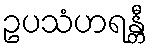
ဥပသံဟရန္တီ